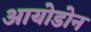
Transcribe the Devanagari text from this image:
आयोडोन